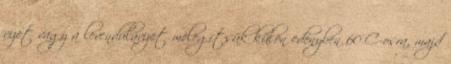
vizet vagy a levendulavizet melegítsük külön edényben 60°C-osra, majd